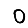
Digit: 0